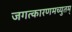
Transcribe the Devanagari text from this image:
जगत्कारणमच्युतम्